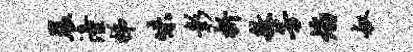
晨潼梯味彰析敖芳焰叔